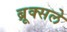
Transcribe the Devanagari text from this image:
ब्रूक्सले